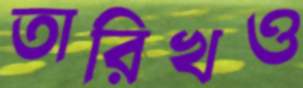
তারিখও